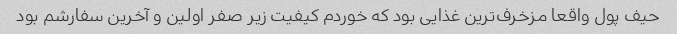
حیف پول واقعا مزخرف‌ترین غذایی بود که خوردم کیفیت زیر صفر اولین و آخرین سفارشم بود